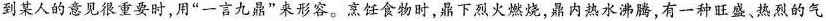
到某人的意见很重要时，用”一言九鼎”来形容。烹饪食物时，鼎下烈火燃烧，鼎内热水沸腾，有一种旺盛、热烈的气